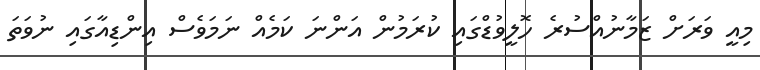
މިއީ ވަރަށް ޒަމާނުއްސުރެ ހޮލީވުޑްގައި ކުރަމުން އަންނަ ކަމެއް ނަމަވެސް އިންޑިއާގައި ނުވަތަ